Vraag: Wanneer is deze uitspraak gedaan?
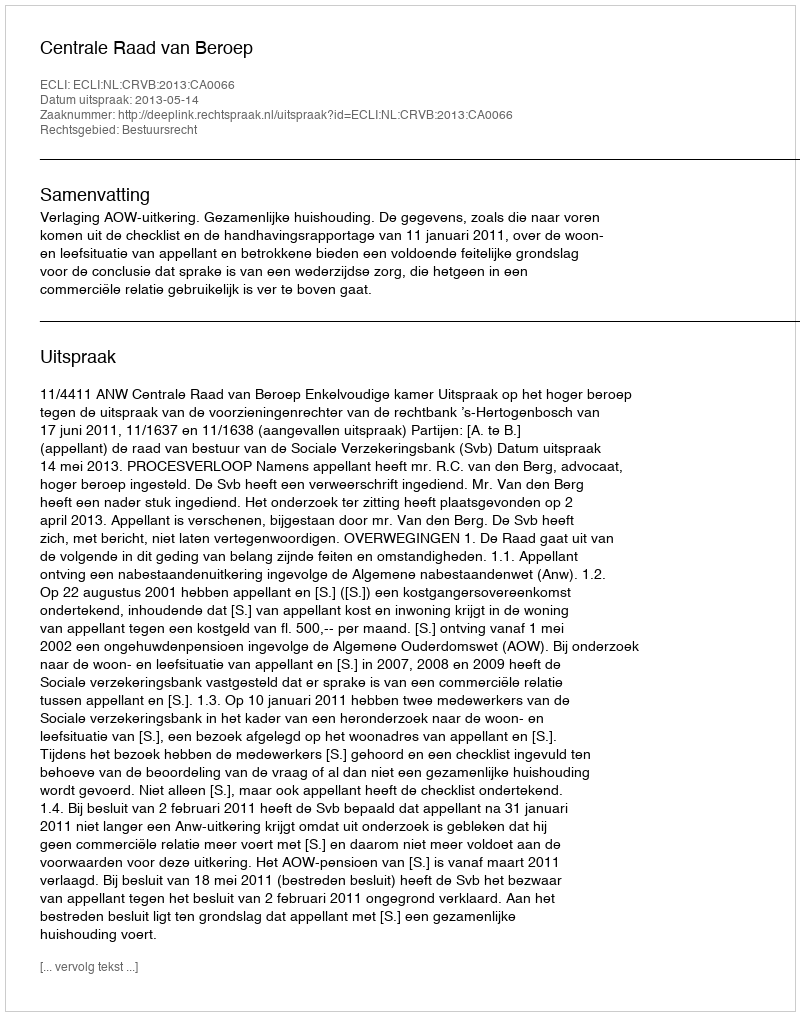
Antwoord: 2013-05-14